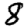
Digit: 8